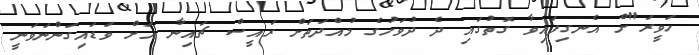
ހަވީރަ"ށް އެނގިފައިވާ ގޮތުގައި ދެ ދުވަހުގެ މުއްދަތަށް ރައީސް ޗައިނާ އަށް ވަޑައިގަންނަވަނީ